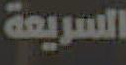
السريعة